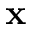
\mathbf { x }